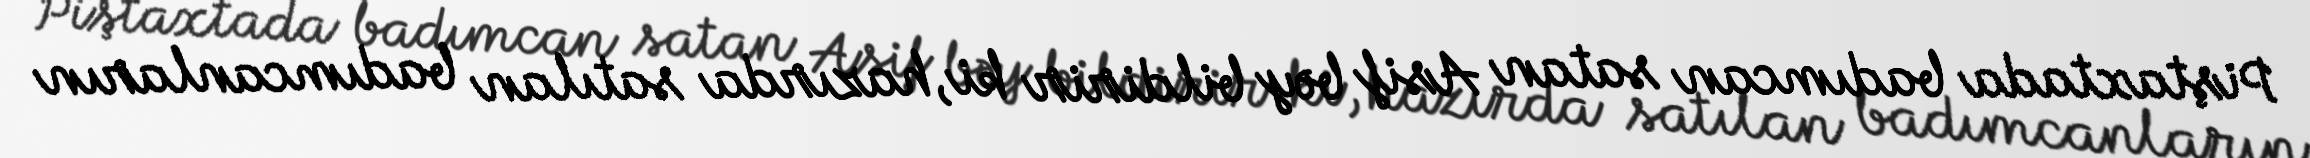
Piştaxtada badımcan satan Asif bəy bildirir ki, hazırda satılan badımcanların